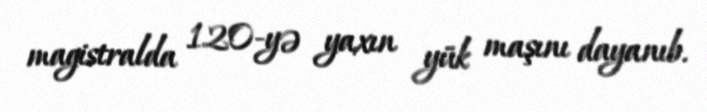
magistralda 120-yə yaxın yük maşını dayanıb.